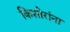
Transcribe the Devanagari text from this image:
किशोरांना